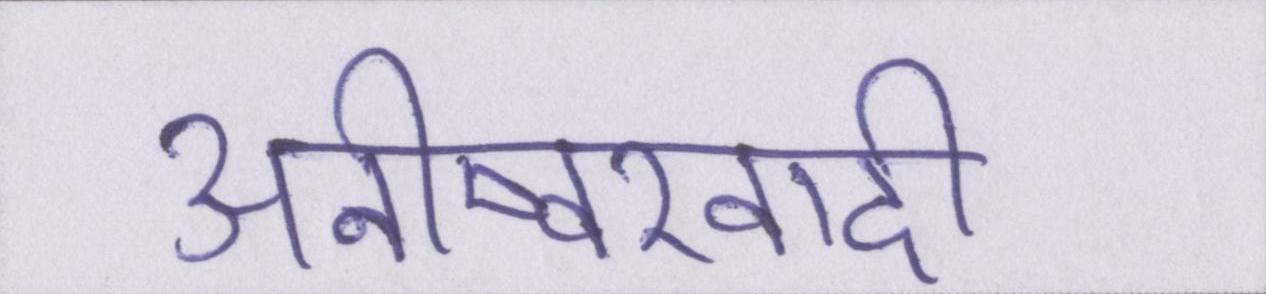
अनीष्वरवादी